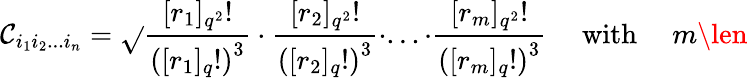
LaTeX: \mathcal{C}_{i_{1}i_{2}...i_{n}}=\sqrt{}{{\frac{{[r_{1}]_{q^{2}}!}}{{\left([r_{1}]_{q}!\right)^{3}}}\cdot\frac{{[r_{2}]_{q^{2}}!}}{{\left([r_{2}]_{q}!\right)^{3}}}\cdot...\cdot\frac{{[r_{m}]_{q^{2}}!}}{{\left([r_{m}]_{q}!\right)^{3}}}}}\mathrm{{\quad~with~\quad}}m\len